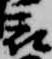
被